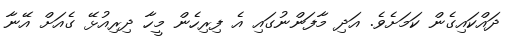
ދައްކައިގެން ކަމަށެވެ. އަދި މާފަންނުގައި އެ ފިރިހެން މީހާ ދިރިއުޅޭ ގެއަށް އޭނާ